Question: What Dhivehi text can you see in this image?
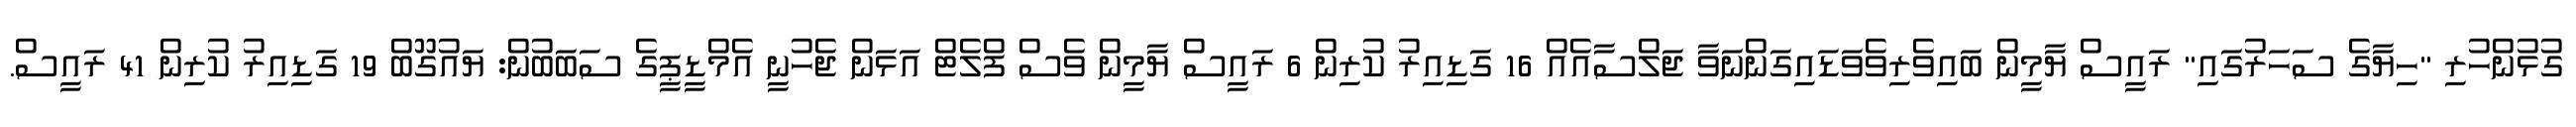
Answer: ގުޅުންހުރި "ހިޔާގެ ސަހަރުގައި" ރައީސް ޔާމީން ބައިވެރިވެވަޑައިގަންނަވާ ޖަލްސާއެއް 16 ގަޑިއިރު ކުރިން 6 ރައީސް ޔާމީން ވެސް ފްލެޓް އަޅަން ޖެހުނީ އެމްޑީޕީގެ ސަބަބުން: ޔައުގޫބް 19 ގަޑިއިރު ކުރިން 41 ރައީސް.